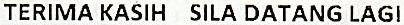
TERIMA KASIH SILA DATANG LAGI